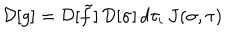
{ \cal D } [ g ] = { \cal D } [ \tilde { f } ] \, { \cal D } [ \sigma ] \, d \tau _ { i } \, J ( \sigma , \tau )